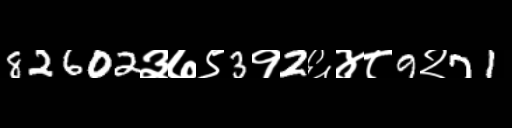
Text: 82602३७९3१2६४८9२71